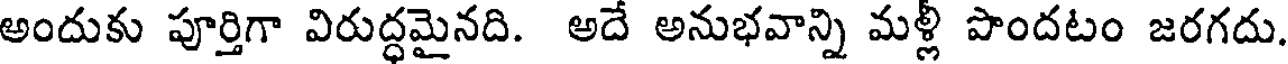
అందుకు పూర్తిగా విరుద్ధమైనది. అదే అనుభవాన్ని మళ్లీ పొందటం జరగదు.